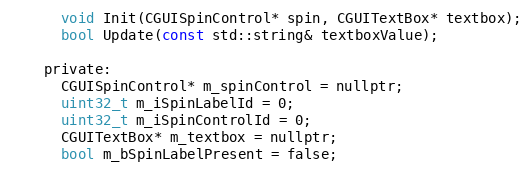
Language: C
      void Init(CGUISpinControl* spin, CGUITextBox* textbox);
      bool Update(const std::string& textboxValue);

    private:
      CGUISpinControl* m_spinControl = nullptr;
      uint32_t m_iSpinLabelId = 0;
      uint32_t m_iSpinControlId = 0;
      CGUITextBox* m_textbox = nullptr;
      bool m_bSpinLabelPresent = false;